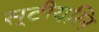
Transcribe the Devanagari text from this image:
स्टीयरिन